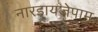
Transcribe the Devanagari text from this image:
नारडायजेपाम